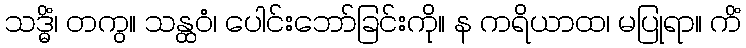
သဒ္ဓိံ၊ တကွ။ သန္ထဝံ၊ ပေါင်းဘော်ခြင်းကို။ န ကရိယာထ၊ မပြုရာ။ ကိံ